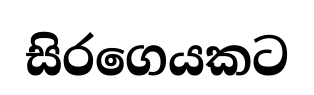
සිරගෙයකට